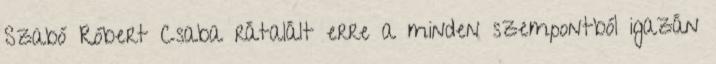
Szabó Róbert Csaba rátalált erre a minden szempontból igazán